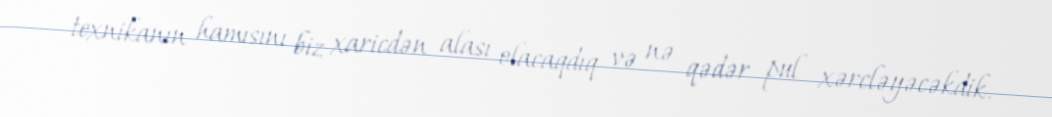
texnikanın hamısını biz xaricdən alası olacaqdıq və nə qədər pul xərcləyəcəkdik.